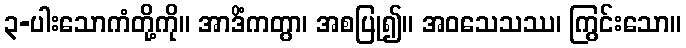
၃-ပါးသောကံတို့ကို။ အာဒိံကတွာ၊ အစပြု၍။ အဝသေသဿ၊ ကြွင်းသော။